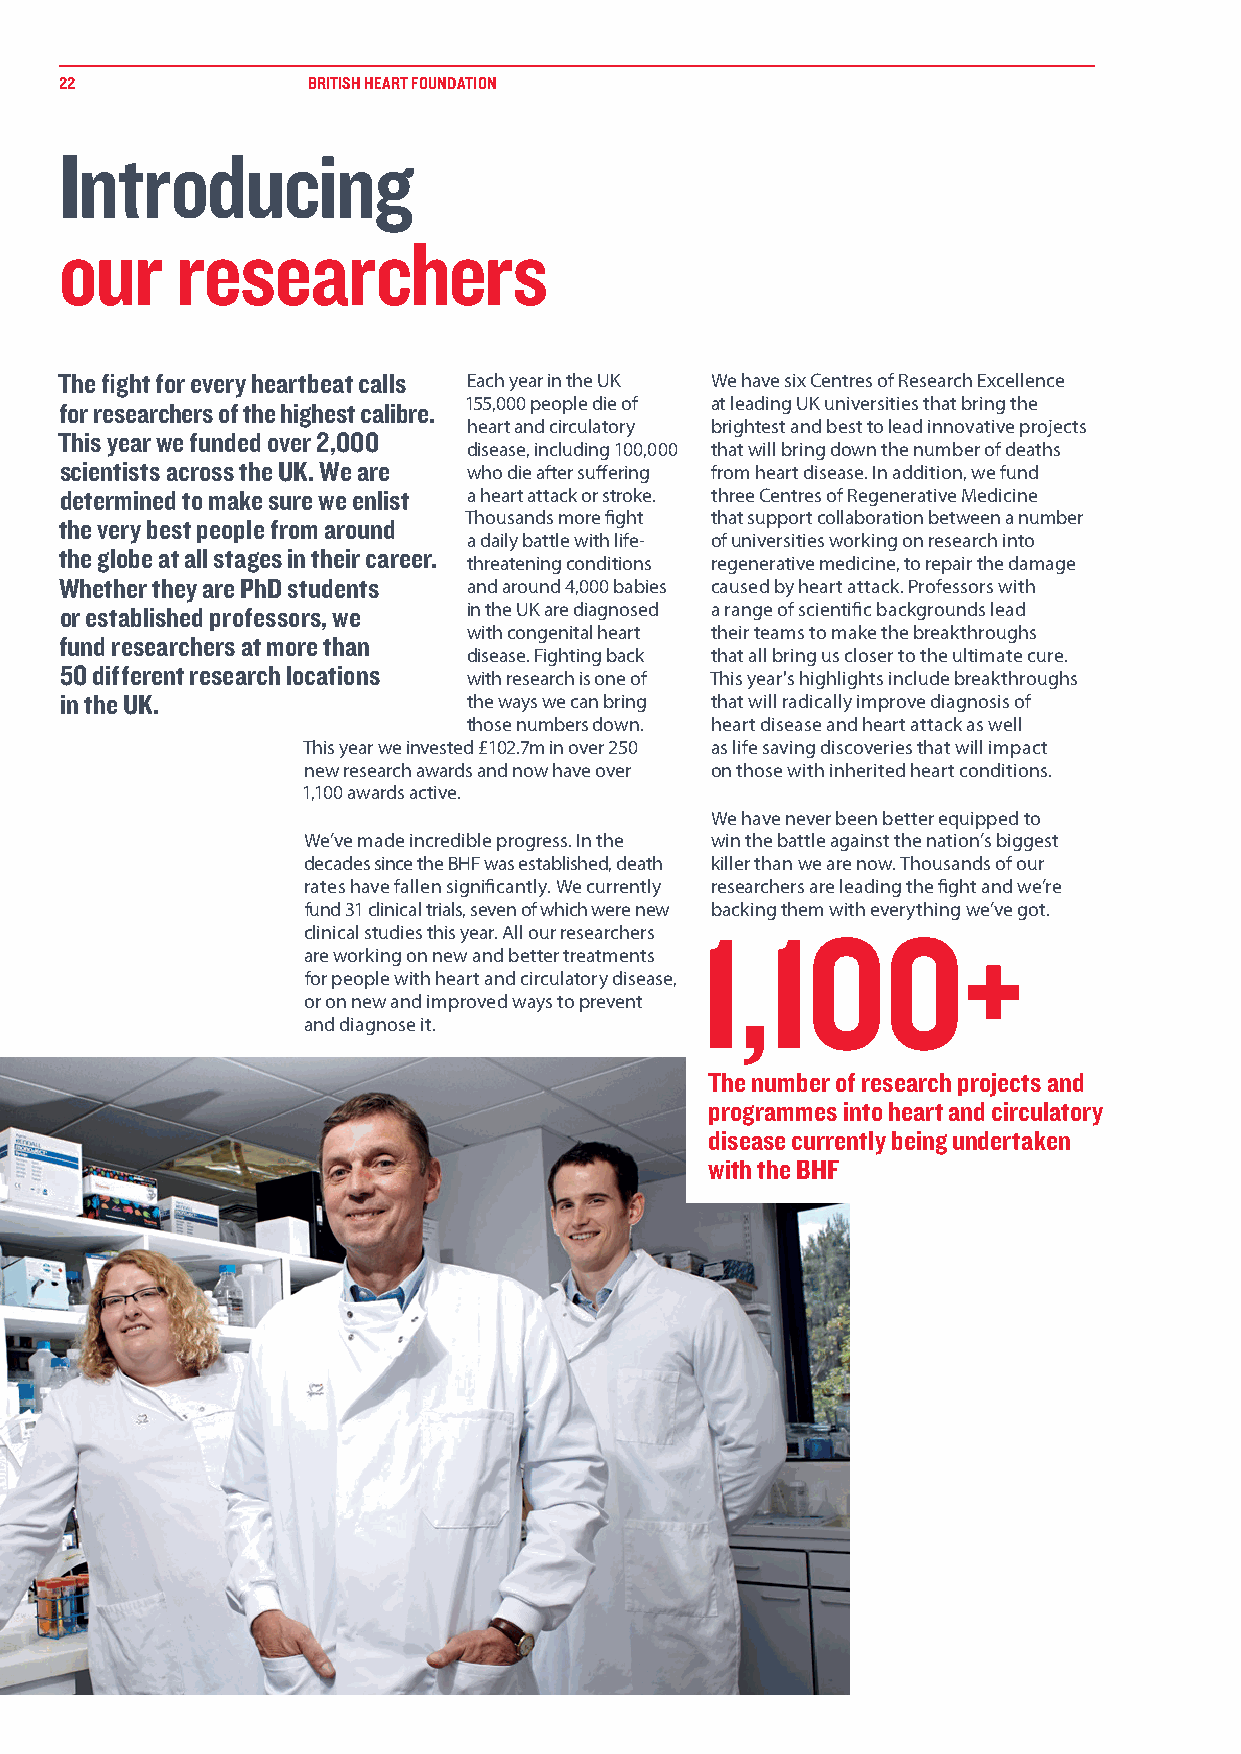
22              BRITISH HEART FOUNDATION
 Introducing
 our     researchers
 The fight for every heartbeat calls Each year in the UK We have six Centres of Research Excellence
 for researchers of the highest calibre. 155,000 people die of at leading UK universities that bring the
 heart and circulatory brightest and best to lead innovative projects
 This year we funded over 2,000
 disease, including 100,000 that will bring down the number of deaths
 scientists across the UK. We are who die after suffering from heart disease. In addition, we fund
 determined to make sure we enlist a heart attack or stroke. three Centres of Regenerative Medicine
 Thousands more fight that support collaboration between a number
 the very best people from around
 a daily battle with life- of universities working on research into
 the globe at all stages in their career.
 threatening conditions regenerative medicine, to repair the damage
 Whether they are PhD students and around 4,000 babies caused by heart attack. Professors with
 or established professors, we in the UK are diagnosed a range of scientific backgrounds lead
 with congenital heart their teams to make the breakthroughs
 fund researchers at more than
 disease. Fighting back that all bring us closer to the ultimate cure.
 50 different research locations
 with research is one of This year's highlights include breakthroughs
 in the UK.                 the ways we can bring that will radically improve diagnosis of
 those numbers down. heart disease and heart attack as well
 This year we invested £102.7m in over 250 as life saving discoveries that will impact
 new research awards and now have over on those with inherited heart conditions.
 1,100 awards active.
 We have never been better equipped to
 We’ve made incredible progress. In the win the battle against the nation’s biggest
 decades since the BHF was established, death killer than we are now. Thousands of our
 rates have fallen significantly. We currently researchers are leading the fight and we’re
 fund 31 clinical trials, seven of which were new backing them with everything we’ve got.
 clinical studies this year. All our researchers 1,100+
 are working on new and better treatments
 for people with heart and circulatory disease,
 or on new and improved ways to prevent
 and diagnose it.
 The number of research projects and
 programmes into heart and circulatory
 disease currently being undertaken
 with the BHF